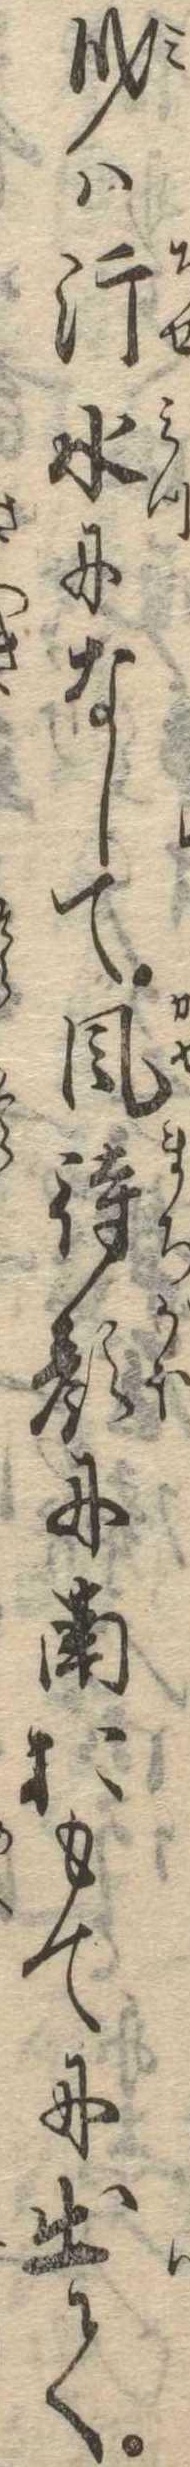
身は汗水になして風待顔に南おもてに出て